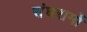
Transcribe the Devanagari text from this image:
संघरामों